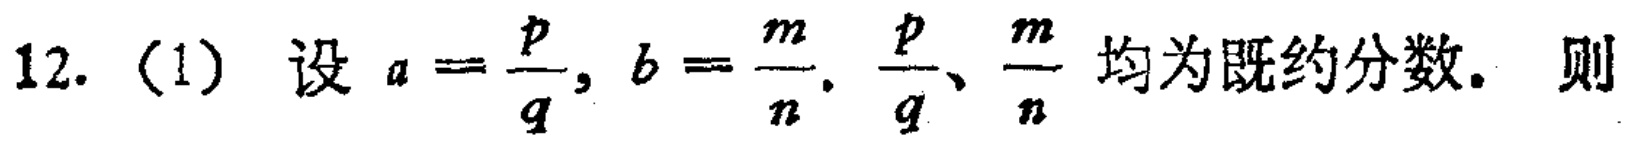
12. (1) 设 \(a = \frac{p}{q}, b = \frac{m}{n}.\  \frac{p}{q}、\frac{m}{n}\) 均为既约分数. 则